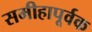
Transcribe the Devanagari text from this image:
समीहापूर्वक